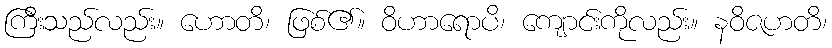
ကြီးသည်လည်း။ ဟောတိ၊ ဖြစ်၏။ ဝိဟာရောပိ၊ ကျောင်းကိုလည်း။ နဝိဇဟတိ၊